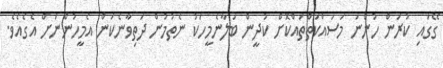
ގޭގައި ކުރަން ހުންނަ މަސައްކަތްތައްކޮށް ކުދީން ބަލާނެމީހަކު ނެތުމުން ދަތިވާނެކަން އެމީހުންނަށް އެގެއެވެ.